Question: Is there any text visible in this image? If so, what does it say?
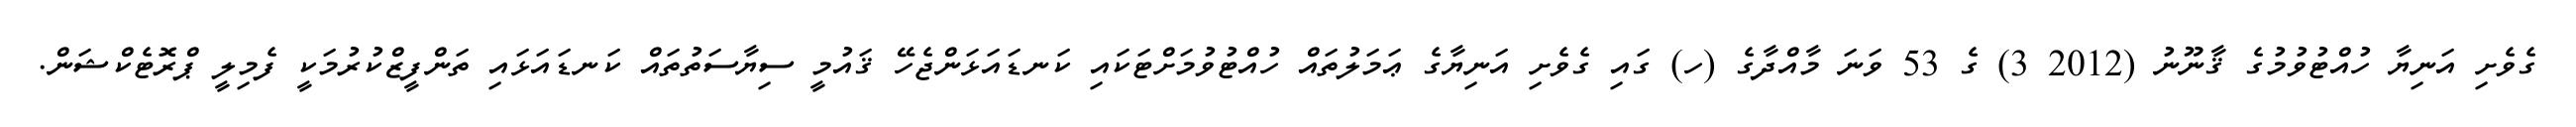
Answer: ގެވެށި އަނިޔާ ހުއްޓުވުމުގެ ޤާނޫނު (2012 3) ގެ 53 ވަނަ މާއްދާގެ (ހ) ގައި ގެވެށި އަނިޔާގެ ޢަމަލުތައް ހުއްޓުވުމަށްޓަކައި ކަނޑައަޅަންޖެހޭ ޤައުމީ ސިޔާސަތުތައް ކަނޑައަޅައި ތަންފީޒްކުރުމަކީ ފެމިލީ ޕްރޮޓެކްޝަން.